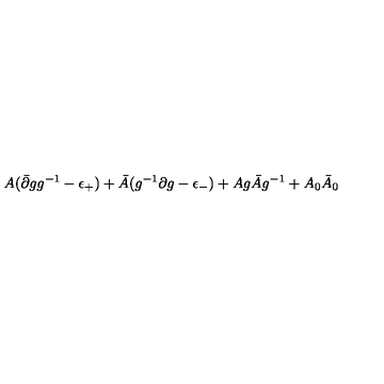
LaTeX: A ( \bar { \partial } g g ^ { - 1 } - \epsilon _ { + } ) + \bar { A } ( g ^ { - 1 } \partial g - \epsilon _ { - } ) + A g \bar { A } g ^ { - 1 } + A _ { 0 } \bar { A } _ { 0 }